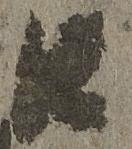
江